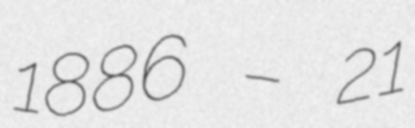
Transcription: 1886 – 21